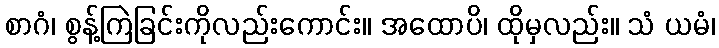
စာဂံ၊ စွန့်ကြဲခြင်းကိုလည်းကောင်း။ အထောပိ၊ ထိုမှလည်း။ သံ ယမံ၊